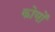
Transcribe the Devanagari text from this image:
कोयों